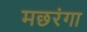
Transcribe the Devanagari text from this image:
मछरंगा